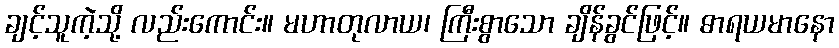
ချင့်သူကဲ့သို့ လည်းကောင်း။ မဟာတုလာယ၊ ကြီးစွာသော ချိန်ခွင်ဖြင့်။ ဓာရယမာနော